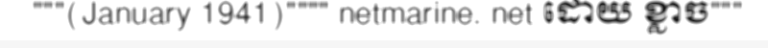
"""(January 1941)"""" netmarine. net ដោយ ខ្លាច"""